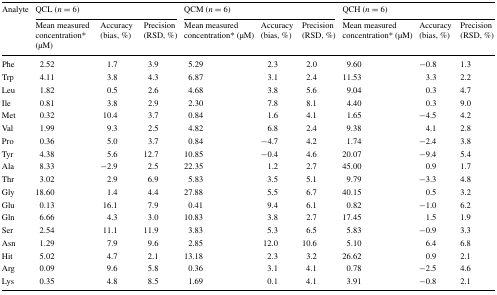
<table><thead><tr><td rowspan="2"><b>Analyte</b></td><td colspan="3"><b>QCL (<i>n</i> = 6)</b></td><td colspan="3"><b>QCM (<i>n</i> = 6)</b></td><td colspan="3"><b>QCH (<i>n</i> = 6)</b></td></tr><tr><td><b>Mean measured concentration* (μM)</b></td><td><b>Accuracy (bias, %)</b></td><td><b>Precision (RSD, %)</b></td><td><b>Mean measured concentration* (μM)</b></td><td><b>Accuracy (bias, %)</b></td><td><b>Precision (RSD, %)</b></td><td><b>Mean measured concentration* (μM)</b></td><td><b>Accuracy (bias, %)</b></td><td><b>Precision (RSD, %)</b></td></tr></thead><tbody><tr><td>Phe</td><td>2.52</td><td>1.7</td><td>3.9</td><td>5.29</td><td>2.3</td><td>2.0</td><td>9.60</td><td>−0.8</td><td>1.3</td></tr><tr><td>Trp</td><td>4.11</td><td>3.8</td><td>4.3</td><td>6.87</td><td>3.1</td><td>2.4</td><td>11.53</td><td>3.3</td><td>2.2</td></tr><tr><td>Leu</td><td>1.82</td><td>0.5</td><td>2.6</td><td>4.68</td><td>3.8</td><td>5.6</td><td>9.04</td><td>0.3</td><td>4.7</td></tr><tr><td>Ile</td><td>0.81</td><td>3.8</td><td>2.9</td><td>2.30</td><td>7.8</td><td>8.1</td><td>4.40</td><td>0.3</td><td>9.0</td></tr><tr><td>Met</td><td>0.32</td><td>10.4</td><td>3.7</td><td>0.84</td><td>1.6</td><td>4.1</td><td>1.65</td><td>−4.5</td><td>4.2</td></tr><tr><td>Val</td><td>1.99</td><td>9.3</td><td>2.5</td><td>4.82</td><td>6.8</td><td>2.4</td><td>9.38</td><td>4.1</td><td>2.8</td></tr><tr><td>Pro</td><td>0.36</td><td>5.0</td><td>3.7</td><td>0.84</td><td>−4.7</td><td>4.2</td><td>1.74</td><td>−2.4</td><td>3.8</td></tr><tr><td>Tyr</td><td>4.38</td><td>5.6</td><td>12.7</td><td>10.85</td><td>−0.4</td><td>4.6</td><td>20.07</td><td>−9.4</td><td>5.4</td></tr><tr><td>Ala</td><td>8.33</td><td>−2.9</td><td>2.5</td><td>22.35</td><td>1.2</td><td>2.7</td><td>45.00</td><td>0.9</td><td>1.7</td></tr><tr><td>Thr</td><td>3.02</td><td>2.9</td><td>6.9</td><td>5.83</td><td>3.5</td><td>5.1</td><td>9.79</td><td>−3.3</td><td>4.8</td></tr><tr><td>Gly</td><td>18.60</td><td>1.4</td><td>4.4</td><td>27.88</td><td>5.5</td><td>6.7</td><td>40.15</td><td>0.5</td><td>3.2</td></tr><tr><td>Glu</td><td>0.13</td><td>16.1</td><td>7.9</td><td>0.41</td><td>9.4</td><td>6.1</td><td>0.82</td><td>−1.0</td><td>6.2</td></tr><tr><td>Gln</td><td>6.66</td><td>4.3</td><td>3.0</td><td>10.83</td><td>3.8</td><td>2.7</td><td>17.45</td><td>1.5</td><td>1.9</td></tr><tr><td>Ser</td><td>2.54</td><td>11.1</td><td>11.9</td><td>3.83</td><td>5.3</td><td>6.5</td><td>5.83</td><td>−0.9</td><td>3.3</td></tr><tr><td>Asn</td><td>1.29</td><td>7.9</td><td>9.6</td><td>2.85</td><td>12.0</td><td>10.6</td><td>5.10</td><td>6.4</td><td>6.8</td></tr><tr><td>Hit</td><td>5.02</td><td>4.7</td><td>2.1</td><td>13.18</td><td>2.3</td><td>3.2</td><td>26.62</td><td>0.9</td><td>2.1</td></tr><tr><td>Arg</td><td>0.09</td><td>9.6</td><td>5.8</td><td>0.36</td><td>3.1</td><td>4.1</td><td>0.78</td><td>−2.5</td><td>4.6</td></tr><tr><td>Lys</td><td>0.35</td><td>4.8</td><td>8.5</td><td>1.69</td><td>0.1</td><td>4.1</td><td>3.91</td><td>−0.8</td><td>2.1</td></tr></tbody></table>